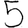
Digit: 5